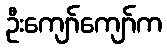
ဦးကျော်ကျော်က